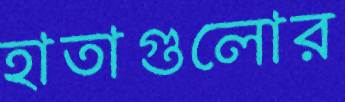
হাতাগুলোর